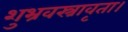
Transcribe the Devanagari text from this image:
शुभ्रवस्त्रावृता।